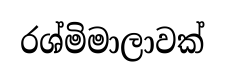
රශ්මිමාලාවක්